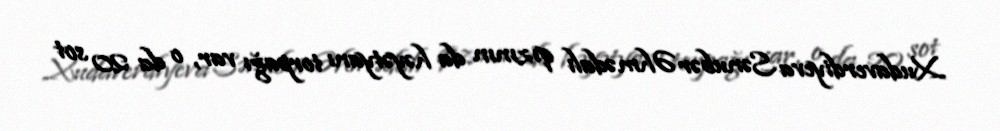
Xudaverdiyeva Sənubər Əhmədalı qızının da həyətyanı torpağı var, o da 20 sot